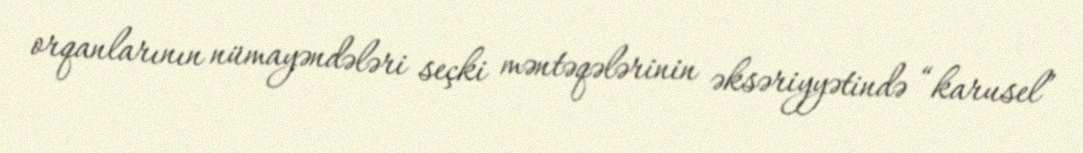
orqanlarının nümayəndələri seçki məntəqələrinin əksəriyyətində “karusel”